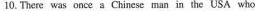
10. There was once a Chinese man in the USA who